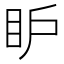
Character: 𥄅